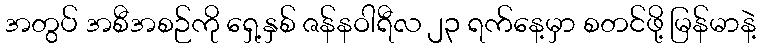
အတွပ် အစီအစဉ်ကို ရှေ့နှစ် ဇန်နဝါရီလ ၂၃ ရက်နေ့မှာ စတင်ဖို့ မြန်မာနဲ့